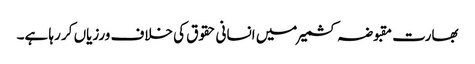
بھارت مقبوضہ کشمیر میں انسانی حقوق کی خلاف ورزیاں کر رہا ہے۔